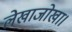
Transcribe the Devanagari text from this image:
लेखाजोखा।